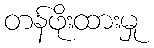
တန်ဖိုးထားမှု